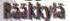
Rääkkylä